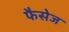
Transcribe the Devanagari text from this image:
फैसेज